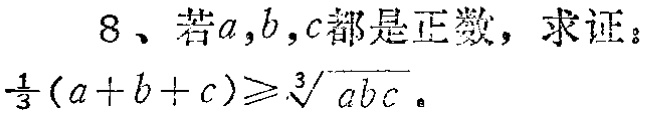
8、若\(a,b,c\)都是正数，求证：\(\frac{1}{3}(a + b + c)\geqslant\sqrt[3]{abc}\)。